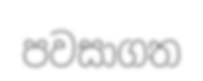
පවසාගත